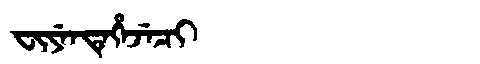
Manchu: ᠸᡳᠶᡝᠨᡨᡝᡥᡝᠵᡝᠴᡳ
Romanization: FIYENTEHEJECI